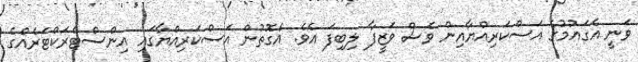
ވަނީ އެގައުމުގެ އަސްކަރިއްޔާއިން ވެސް ވަޒީފާ ލިބިފަ އެވެ. އެގޮތުން އަސްކަރިއްޔާގައި އިންސްޓްރަކްޓަރެއްގެ